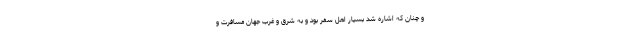
و چنان که اشاره شد بسیار اهل سفر بود و به شرق و غرب جهان مسافرت و